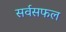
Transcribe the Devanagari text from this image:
सर्वसफल